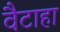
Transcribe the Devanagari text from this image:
वैटाहा